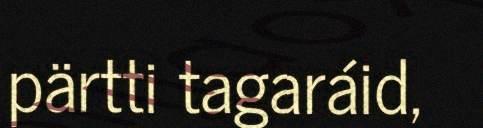
pärtti tagaráid,